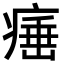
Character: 𤸣